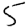
Digit: 5